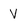
Character: V